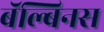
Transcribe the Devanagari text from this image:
बॅल्बिनस